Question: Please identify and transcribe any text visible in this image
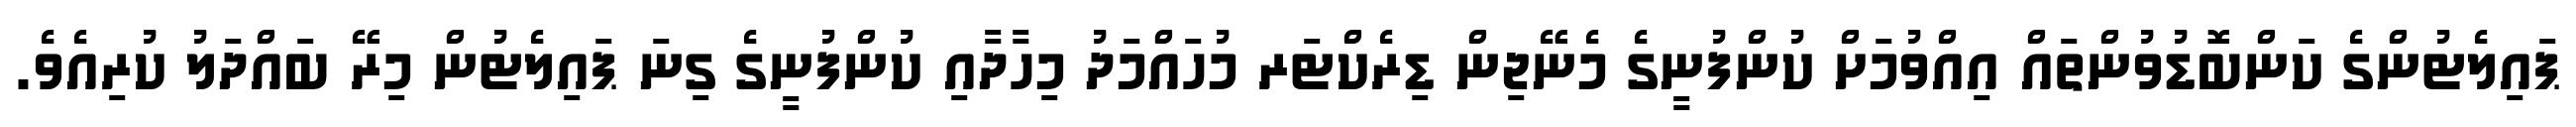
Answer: ޕައިލެޓުންގެ ކަންބޮޑުވުންތައް އިއްވުމަށް ކުންފުނީގެ މެނޭޖިން ޑިރެކްޓަރ މުހައްމަދު މިހާދާއި ކުންފުނީގެ ގިނަ ޕައިލެޓުން މިރޭ ބައްދަލު ކުރިއެވެ.